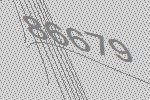
86679